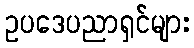
ဥပဒေပညာရှင်များ